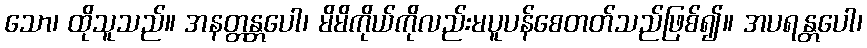
သော၊ ထိုသူသည်။ အနတ္တန္တပေါ၊ မိမိကိုယ်ကိုလည်းမပူပန်စေတတ်သည်ဖြစ်၍။ အပရန္တပေါ၊